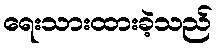
ရေးသားထားခဲ့သည်